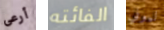
أرعى الفائته ليوني